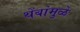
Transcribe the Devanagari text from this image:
थेंबांमुळे